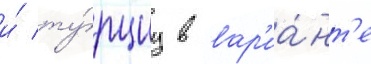
и́ ту́рциу в вар'иа́нт'е